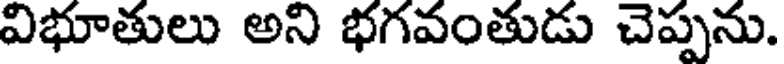
విభూతులు అని భగవంతుడు చెప్పను.